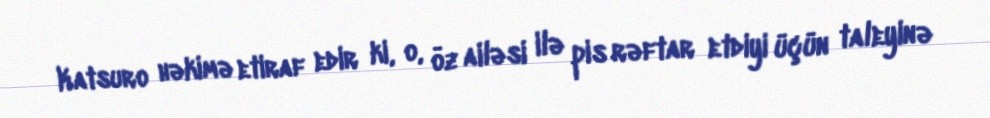
Katsuro həkimə etiraf edir ki, o, öz ailəsi ilə pis rəftar etdiyi üçün taleyinə